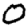
Digit: 0